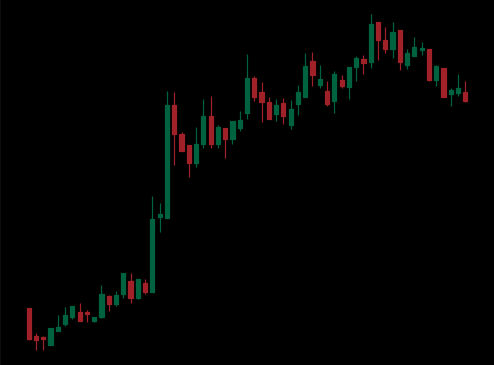
Pattern: bear_flag